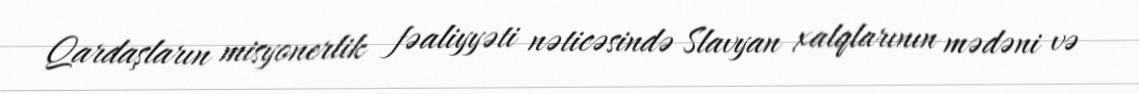
Qardaşların misyonerlik fəaliyyəti nəticəsində Slavyan xalqlarının mədəni və